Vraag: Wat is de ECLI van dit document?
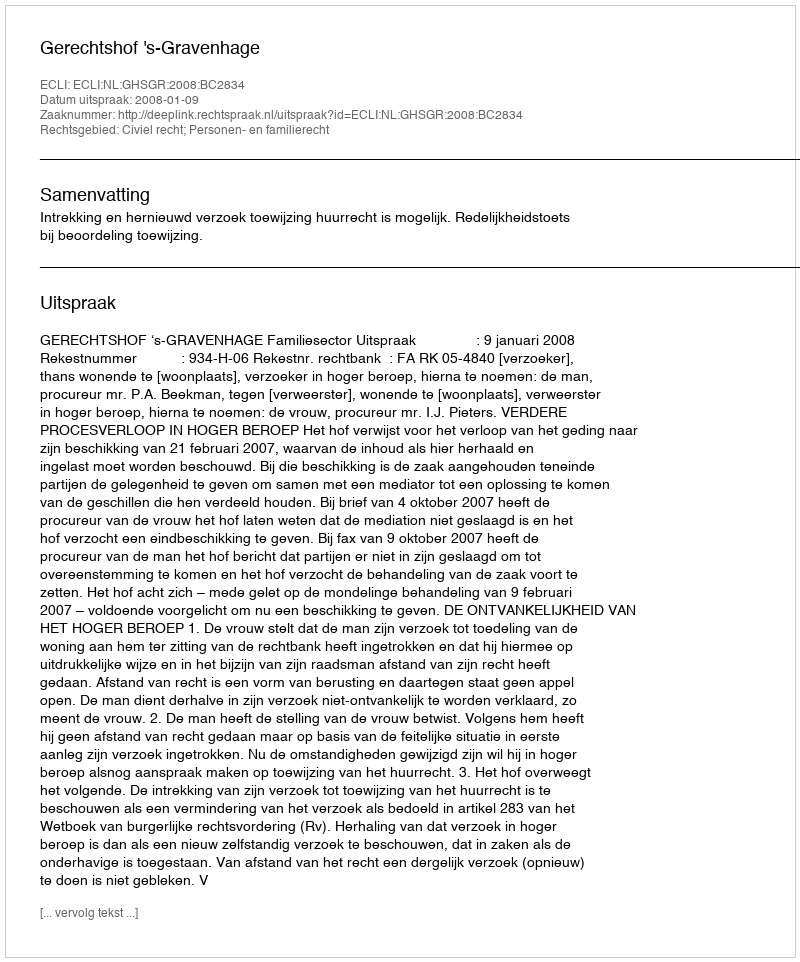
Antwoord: ECLI:NL:GHSGR:2008:BC2834